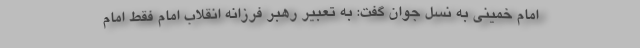
امام خمینی به نسل جوان گفت: به تعبیر رهبر فرزانه انقلاب امام فقط امام